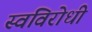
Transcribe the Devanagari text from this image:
स्वविरोधी